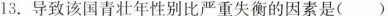
13.导致该国青壮年性别比严重失衡的因素是()